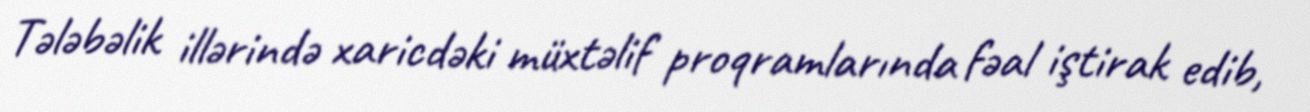
Tələbəlik illərində xaricdəki müxtəlif proqramlarında fəal iştirak edib,